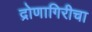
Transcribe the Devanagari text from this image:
द्रोणागिरीचा